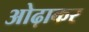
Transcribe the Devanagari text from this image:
ओढ़ाकर